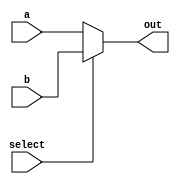
module Mux_32b_2x1(input wire [31:0] a, input wire [31:0] b, input wire select, output reg[31:0] out);
	always @(*)
	begin 
		if(select)
			out = b;
		else out = a;
	end
endmodule